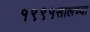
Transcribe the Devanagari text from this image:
१९९५सालच्या